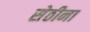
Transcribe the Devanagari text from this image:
सेठीना